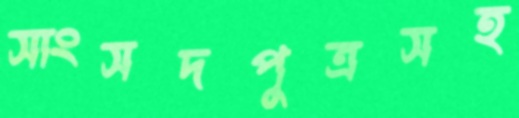
সাংসদপুত্রসহ